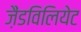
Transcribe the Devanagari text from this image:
ज़ैंडविलियेट